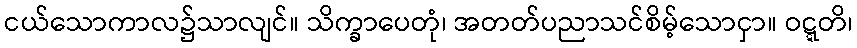
ငယ်သောကာလ၌သာလျင်။ သိက္ခာပေတုံ၊ အတတ်ပညာသင်စိမ့်သောငှာ။ ဝဋ္ဋတိ၊